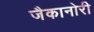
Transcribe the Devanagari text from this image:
जैकानोरी